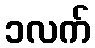
၁လက်